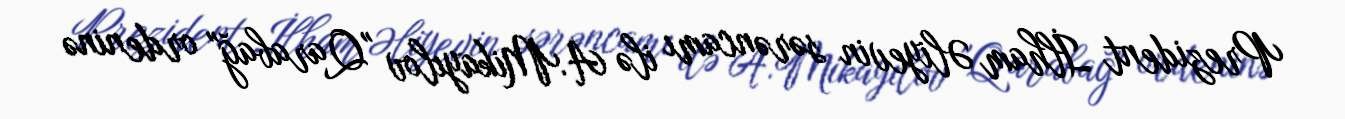
Prezident İlham Əliyevin sərəncamı ilə A.Mikayılov "Qarabağ" ordeninə